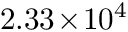
2 . 3 3 \! \times \! 1 0 ^ { 4 }